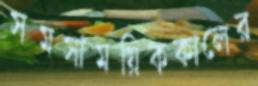
সমসাময়িককালের